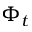
\Phi _ { t }